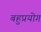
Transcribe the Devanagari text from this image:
बहुप्रयोग